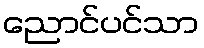
ညောင်ပင်သာ